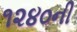
૧૨૪૦ની